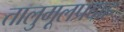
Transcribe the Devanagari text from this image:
तालुमूलप्रदाह